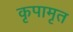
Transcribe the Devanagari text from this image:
कृपामृत